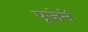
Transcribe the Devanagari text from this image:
पूजेनें